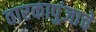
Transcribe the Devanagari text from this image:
तारकापुंजाचे